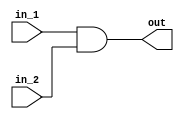
`timescale 1ns / 1ps
//////////////////////////////////////////////////////////////////////////////////
// Company: 
// Engineer: 
// 
// Design Name: 
// Module Name: and_gate
// Project Name: 
// Target Devices: 
// Tool Versions: 
// Description: 
// 
// Dependencies: 
// 
// Revision:
// Revision 0.01 - File Created
// Additional Comments:
// 
//////////////////////////////////////////////////////////////////////////////////


module and_gate(
    input in_1,
    input in_2,
    output reg out
    );
    always @(*) begin
        out = in_1 & in_2;
    end
endmodule